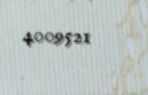
4009521